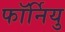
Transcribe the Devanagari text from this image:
फॉर्नियु